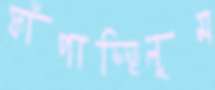
ফাঁপাচ্ছিলুম